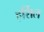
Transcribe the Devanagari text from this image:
हर्शिल